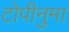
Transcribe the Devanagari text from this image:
टोपीनुमा